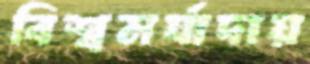
বিশ্বমর্যাদায়